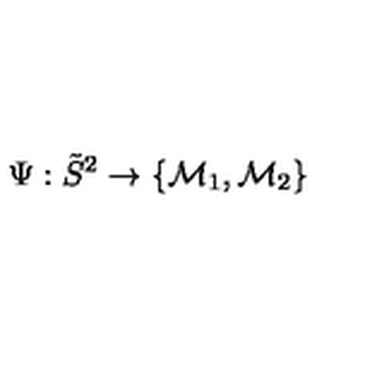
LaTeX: \Psi : \tilde { S } ^ { 2 } \to \{ { \cal M } _ { 1 } , { \cal M } _ { 2 } \} \,